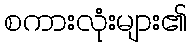
စကားလုံးများ၏